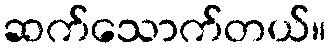
ဆက်သောက်တယ်။